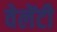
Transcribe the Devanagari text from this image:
वेलेंटी